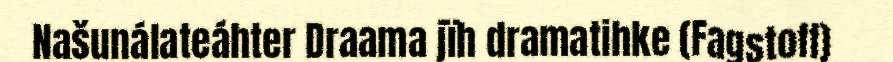
Našunálateáhter Draama jïh dramatihke (Fagstoff)